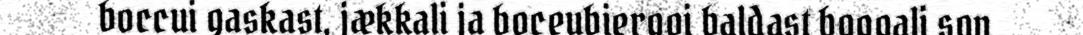
boccui gaskast, jækkali ja boceubiergoi baldast boggali son